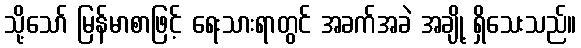
သို့သော် မြန်မာစာဖြင့် ရေးသားရာတွင် အခက်အခဲ အချို့ ရှိသေးသည်။